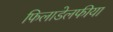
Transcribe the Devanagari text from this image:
फिलाडेलफीया